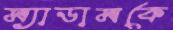
ম্যাডামকে